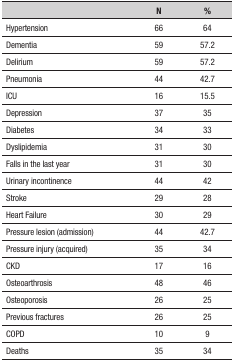
<table><thead><tr><td><b> </b></td><td><b>N</b></td><td><b>%</b></td></tr></thead><tbody><tr><td>Hypertension</td><td>66</td><td>64</td></tr><tr><td>Dementia</td><td>59</td><td>57.2</td></tr><tr><td>Delirium</td><td>59</td><td>57.2</td></tr><tr><td>Pneumonia</td><td>44</td><td>42.7</td></tr><tr><td>ICU</td><td>16</td><td>15.5</td></tr><tr><td>Depression</td><td>37</td><td>35</td></tr><tr><td>Diabetes</td><td>34</td><td>33</td></tr><tr><td>Dyslipidemia</td><td>31</td><td>30</td></tr><tr><td>Falls in the last year</td><td>31</td><td>30</td></tr><tr><td>Urinary incontinence</td><td>44</td><td>42</td></tr><tr><td>Stroke</td><td>29</td><td>28</td></tr><tr><td>Heart Failure</td><td>30</td><td>29</td></tr><tr><td>Pressure lesion (admission)</td><td>44</td><td>42.7</td></tr><tr><td>Pressure injury (acquired)</td><td>35</td><td>34</td></tr><tr><td>CKD</td><td>17</td><td>16</td></tr><tr><td>Osteoarthrosis</td><td>48</td><td>46</td></tr><tr><td>Osteoporosis</td><td>26</td><td>25</td></tr><tr><td>Previous fractures</td><td>26</td><td>25</td></tr><tr><td>COPD</td><td>10</td><td>9</td></tr><tr><td>Deaths</td><td>35</td><td>34</td></tr></tbody></table>